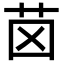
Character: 𦭤